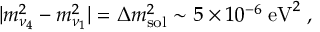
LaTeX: | m _ { \nu _ { 4 } } ^ { 2 } - m _ { \nu _ { 1 } } ^ { 2 } | = \Delta m _ { \mathrm { s o l } } ^ { 2 } \sim 5 \times 1 0 ^ { - 6 } \; \mathrm { e V } ^ { 2 } \; ,